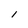
Character: l